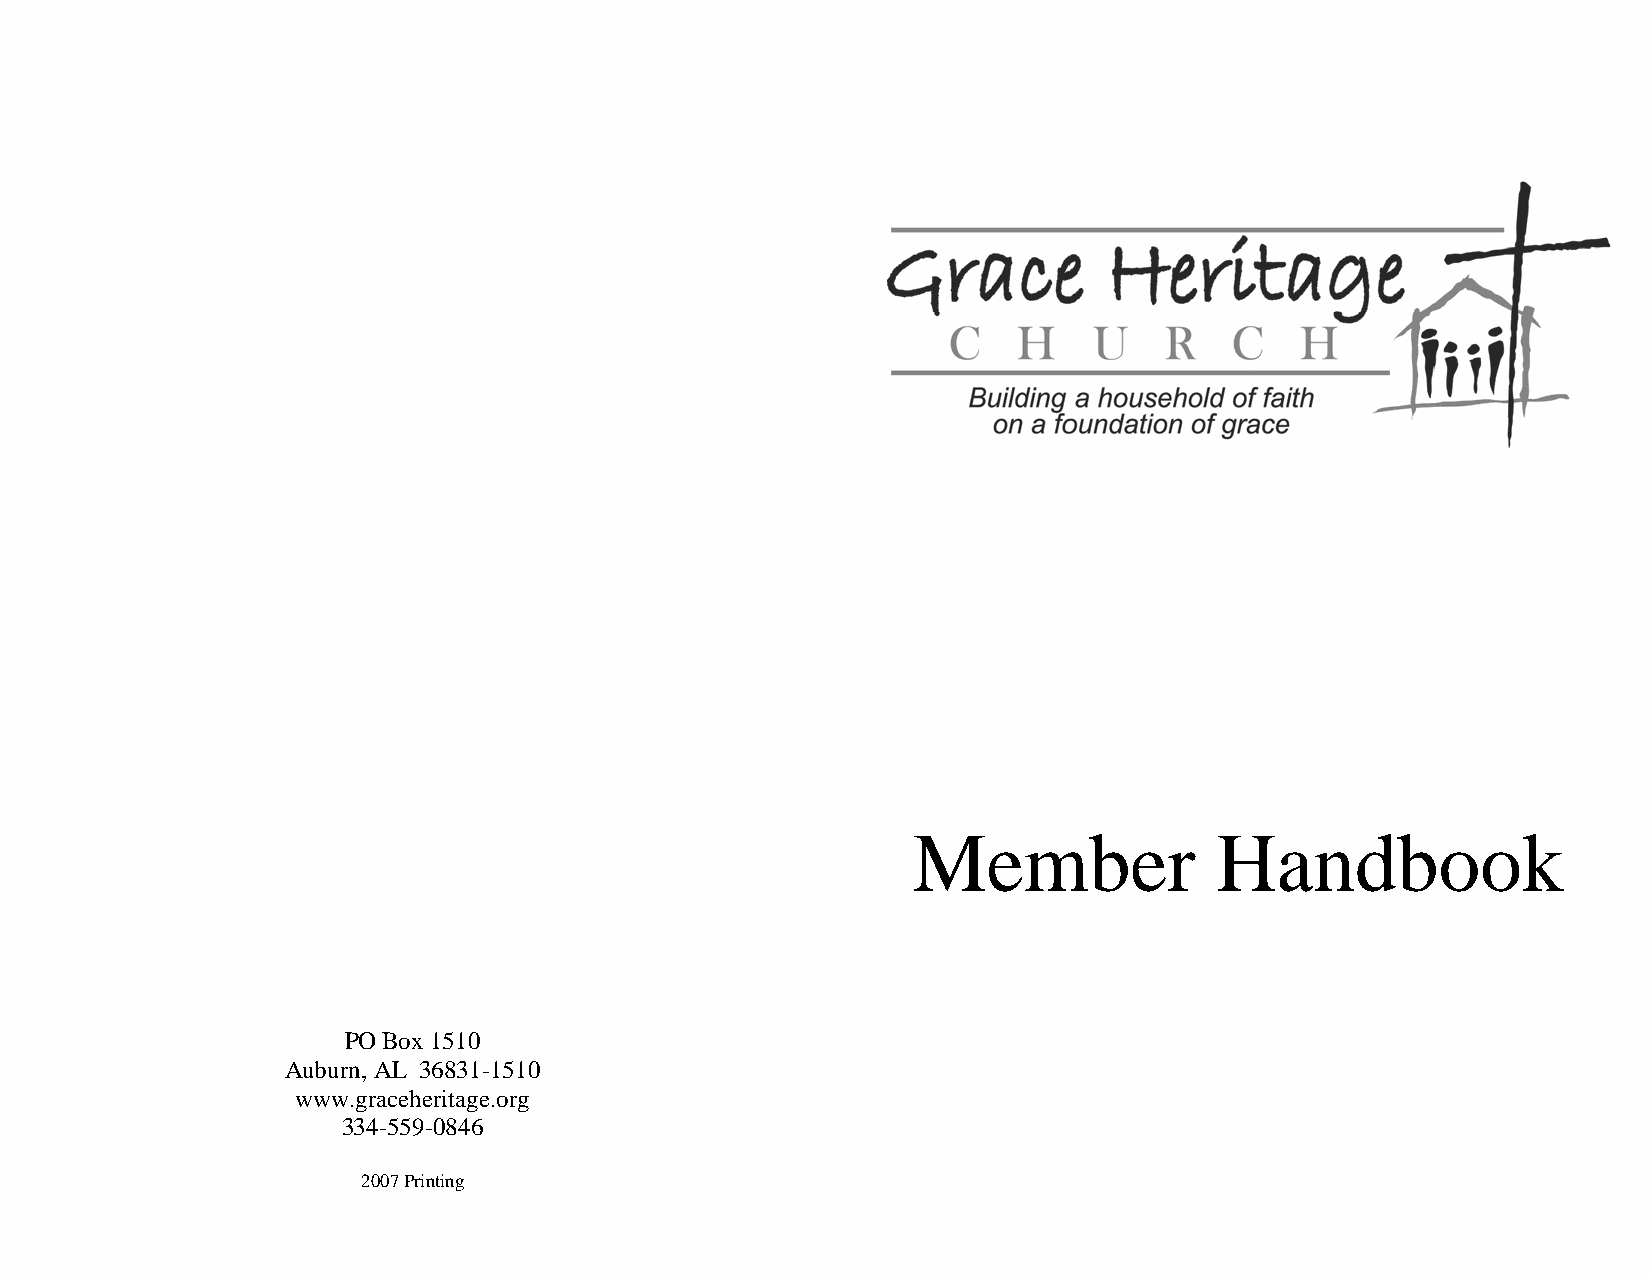
Auburn,   Alabama
 Member              Handbook
 PO Box 1510
 Auburn, AL 36831-1510
 www.graceheritage.org
 334-559-0846
 2007 Printing